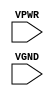
module sky130_fd_sc_hs__decap (
    VPWR,
    VGND
);

    // Module ports
    input VPWR;
    input VGND;
     // No contents.
endmodule